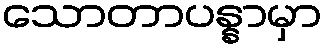
သောတာပန္နာမှာ